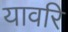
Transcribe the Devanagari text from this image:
यावरि